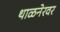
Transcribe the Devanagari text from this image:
थाळनेरवर